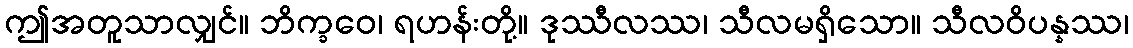
ဤအတူသာလျှင်။ ဘိက္ခဝေ၊ ရဟန်းတို့။ ဒုဿီလဿ၊ သီလမရှိသော။ သီလဝိပန္နဿ၊